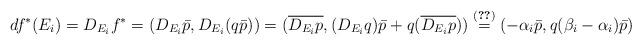
LaTeX: \begin{align*}df^*(E_i)=D_{E_i}f^*=(D_{E_i}\bar{p},D_{E_i}(q\bar{p}))=(\overline{D_{E_i}p}, (D_{E_i}q)\bar{p}+q(\overline{D_{E_i}p}))\overset{\eqref{df2}}{=}(-\alpha_i\bar p, q(\beta_i-\alpha_i)\bar p)\end{align*}